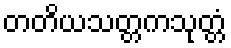
တတိယသတ္တကသုတ္တံ